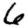
Digit: 6